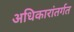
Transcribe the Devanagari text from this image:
अधिकारांतर्गत